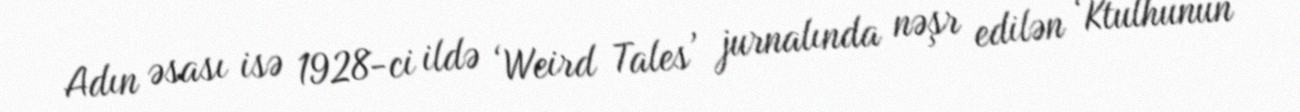
Adın əsası isə 1928-ci ildə ‘Weird Tales’ jurnalında nəşr edilən ‘Ktulhunun